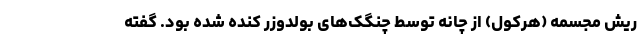
ریش مجسمه (هرکول) از چانه توسط چنگک‌های بولدوزر کنده شده بود. گفته